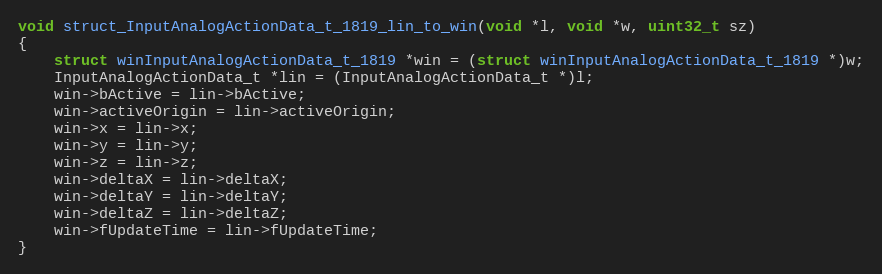
Language: C++
void struct_InputAnalogActionData_t_1819_lin_to_win(void *l, void *w, uint32_t sz)
{
    struct winInputAnalogActionData_t_1819 *win = (struct winInputAnalogActionData_t_1819 *)w;
    InputAnalogActionData_t *lin = (InputAnalogActionData_t *)l;
    win->bActive = lin->bActive;
    win->activeOrigin = lin->activeOrigin;
    win->x = lin->x;
    win->y = lin->y;
    win->z = lin->z;
    win->deltaX = lin->deltaX;
    win->deltaY = lin->deltaY;
    win->deltaZ = lin->deltaZ;
    win->fUpdateTime = lin->fUpdateTime;
}